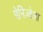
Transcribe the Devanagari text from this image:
पेनिज्वेला